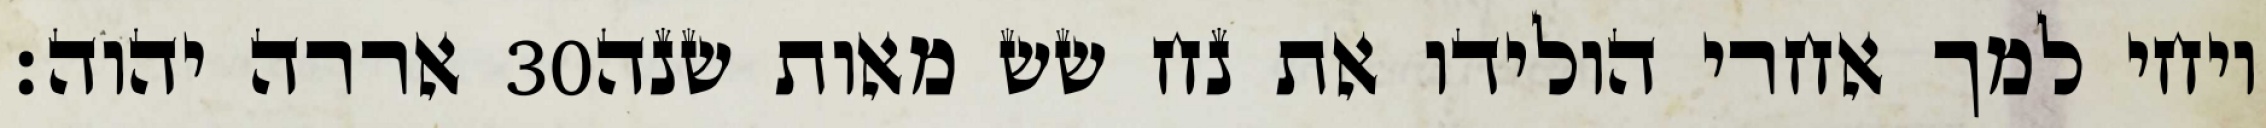
אררה יהוה׃ ‎30‏ ויחי למך אחרי הולידו את נח שש מאות שנה